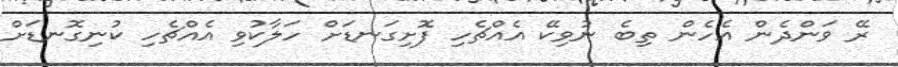
ރޭ ވަންދެން އެހެން ތިބެ ނުވިކޭ އެއްޗެހި ފޮށިގަނޑަށް ހަލާކުވި އެއްޗެހިި ކުނިގޮނޑަށް